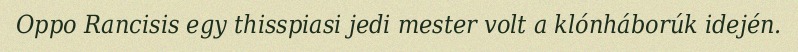
Oppo Rancisis egy thisspiasi jedi mester volt a klónháborúk idején.